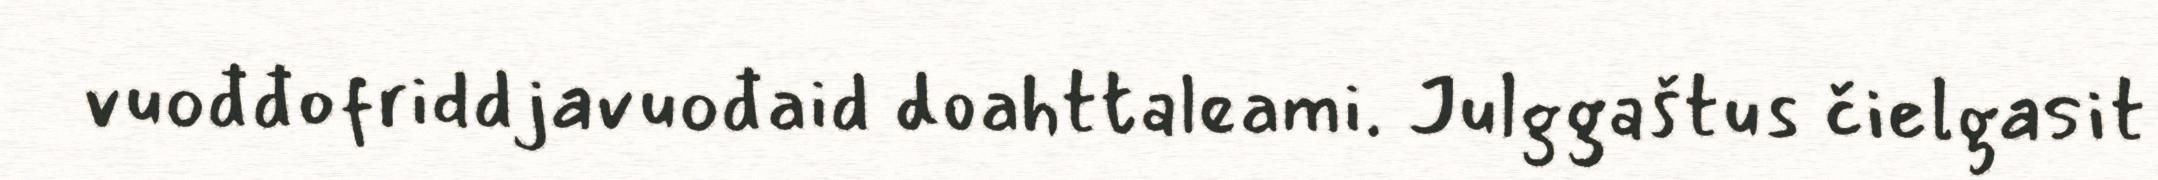
vuođđofriddjavuođaid doahttaleami. Julggaštus čielgasit